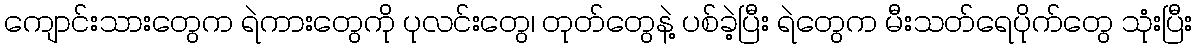
ကျောင်းသားတွေက ရဲကားတွေကို ပုလင်းတွေ၊ တုတ်တွေနဲ့ ပစ်ခဲ့ပြီး ရဲတွေက မီးသတ်ရေပိုက်တွေ သုံးပြီး